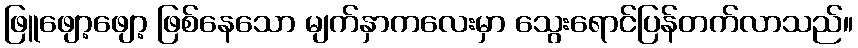
ဖြူဖျော့ဖျော့ ဖြစ်နေသော မျက်နှာကလေးမှာ သွေးရောင်ပြန်တက်လာသည်။